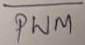
Text: PWM